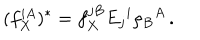
LaTeX: ( f _ { X } ^ { i A } ) ^ { * } = f _ { X } ^ { j B } E _ { j } { } ^ { i } \rho _ { B } { } ^ { A } \, .